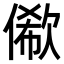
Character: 𠍫